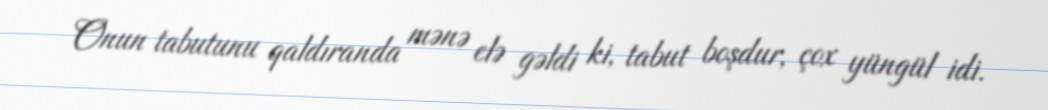
Onun tabutunu qaldıranda mənə elə gəldi ki, tabut boşdur, çox yüngül idi.